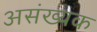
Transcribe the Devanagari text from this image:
असंख्यक